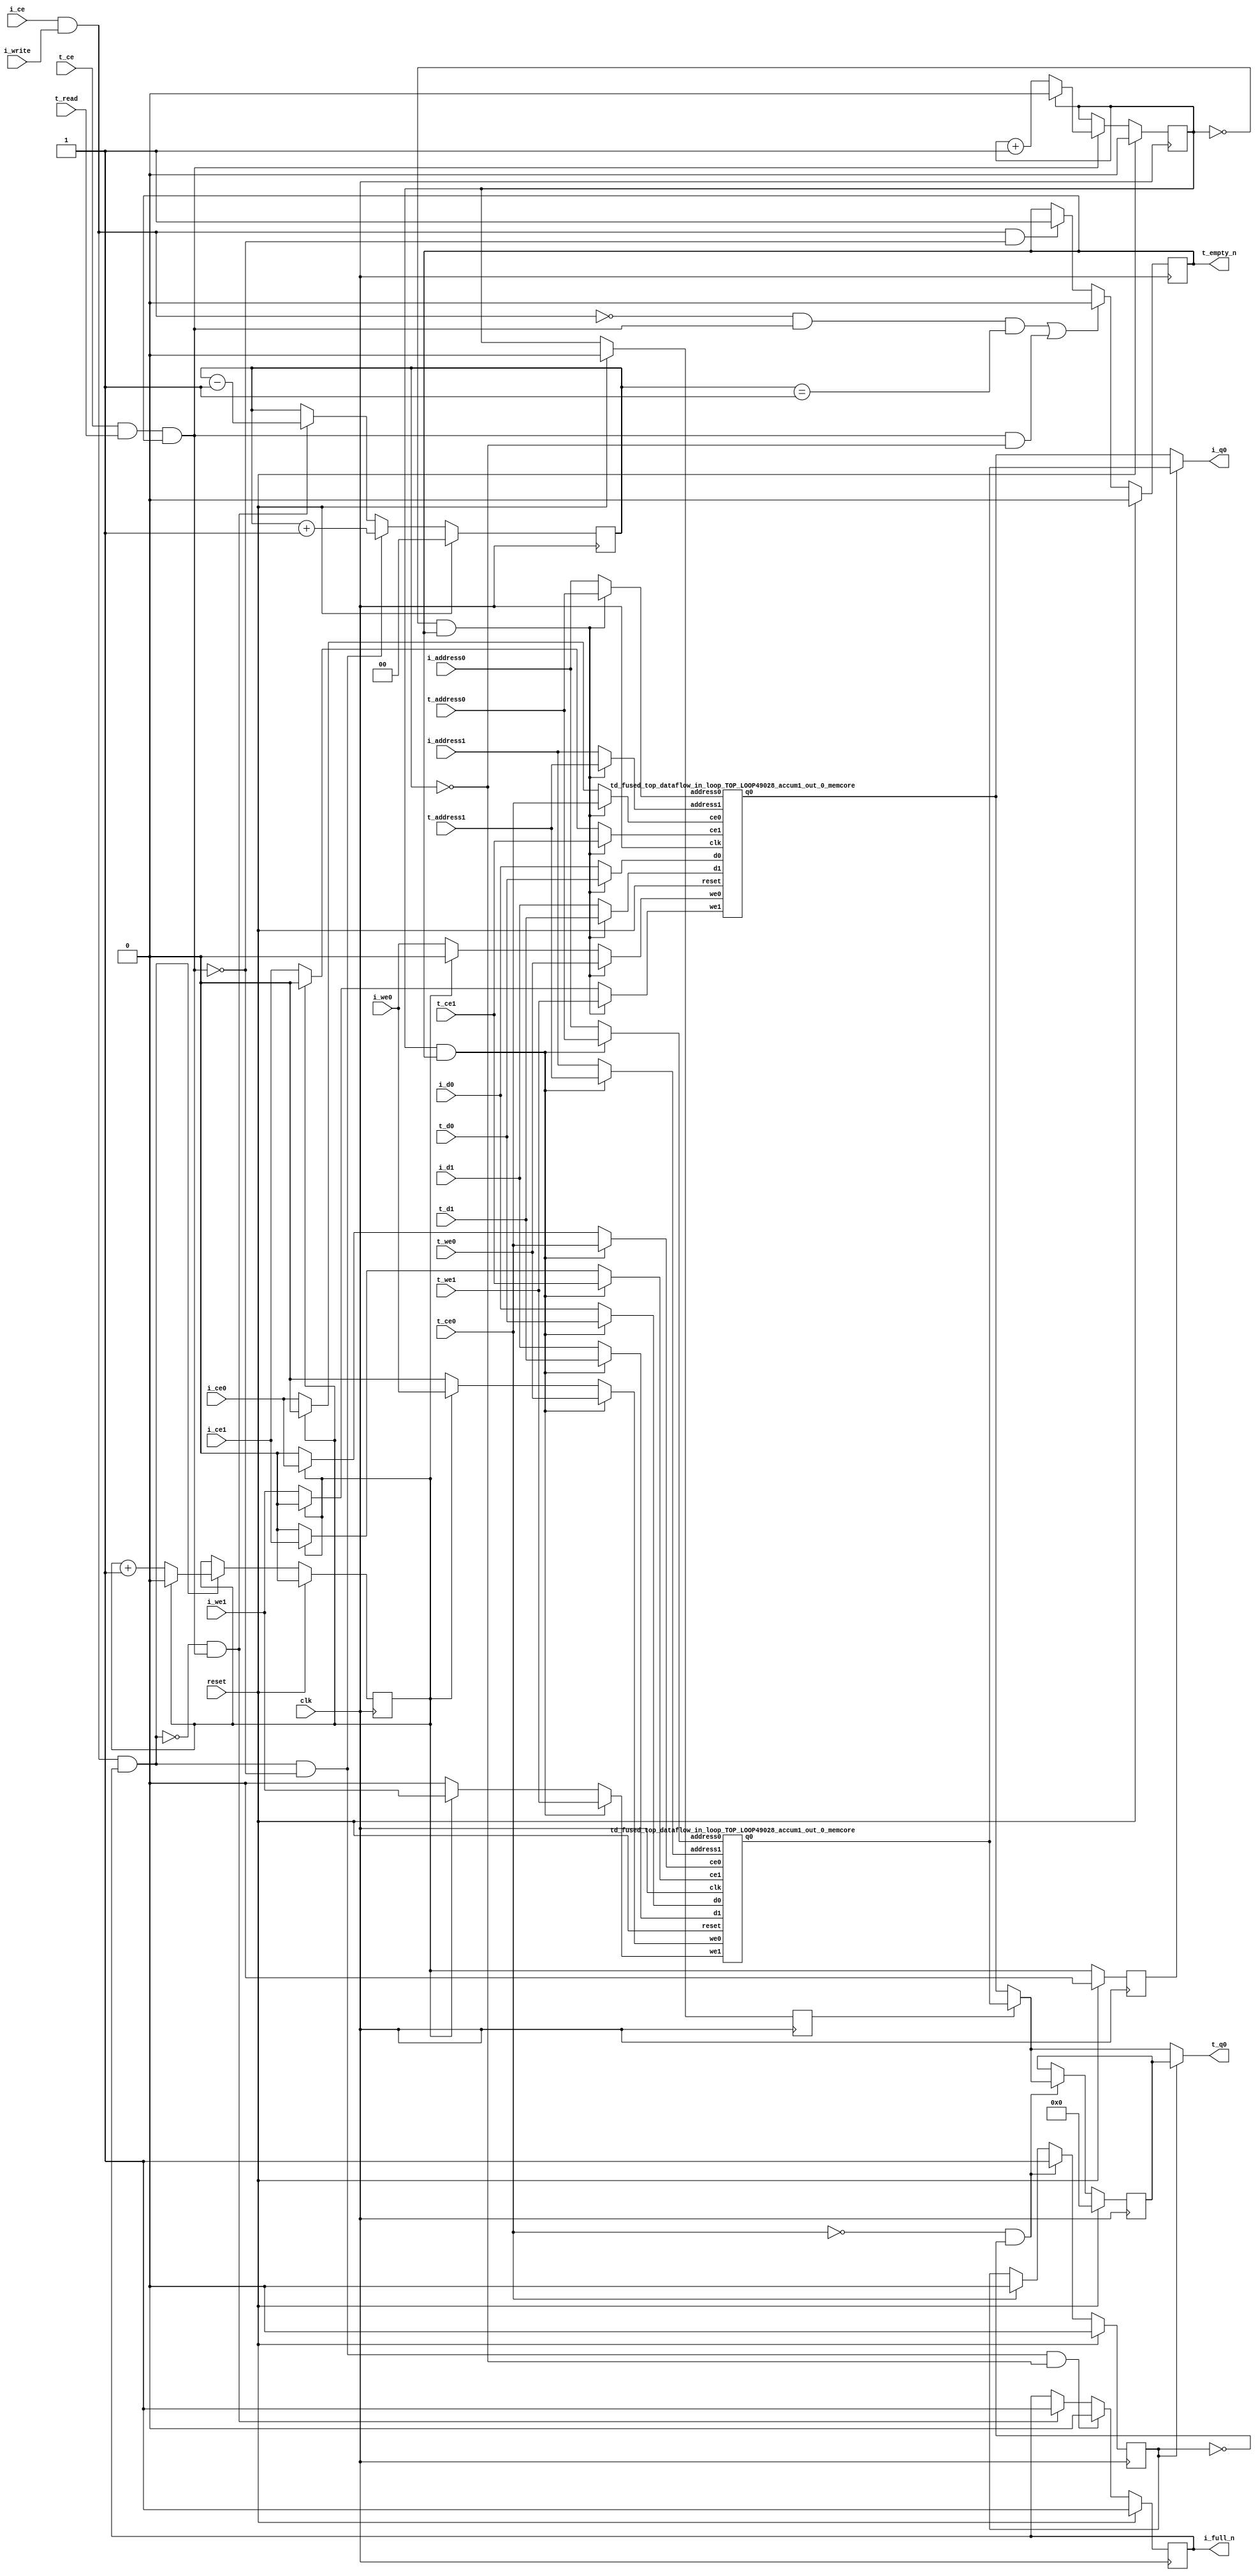
`define SIMULATION_MEMORY
`define EXPONENT 5
`define MANTISSA 10
`define ACTUAL_MANTISSA 11
`define EXPONENT_LSB 10
`define EXPONENT_MSB 14
`define MANTISSA_LSB 0
`define MANTISSA_MSB 9
`define MANTISSA_MUL_SPLIT_LSB 3
`define MANTISSA_MUL_SPLIT_MSB 9
`define SIGN 1
`define SIGN_LOC 15
`define DWIDTH (`SIGN+`EXPONENT+`MANTISSA)
`define IEEE_COMPLIANCE 1

module td_fused_top_dataflow_in_loop_TOP_LOOP49028_accum1_out_0
#(parameter
    DataWidth    = 16,
    AddressRange = 32,
    AddressWidth = 3,
    BufferCount  = 2,
    MemLatency   = 1,
    IndexWidth   = 1
) (
    // system signals
    input  wire                    clk,
    input  wire                    reset,
    // initiator
    input  wire                    i_ce,
    input  wire                    i_write,
    output wire                    i_full_n,
    input  wire                    i_ce0,
    input  wire                    i_we0,
    input  wire [AddressWidth-1:0] i_address0,
    input  wire [DataWidth-1:0]    i_d0,
    output wire [DataWidth-1:0]    i_q0,
    input  wire                    i_ce1,
    input  wire                    i_we1,
    input  wire [AddressWidth-1:0] i_address1,
    input  wire [DataWidth-1:0]    i_d1,
    // target
    input  wire                    t_ce,
    input  wire                    t_read,
    output wire                    t_empty_n,
    input  wire                    t_ce0,
    input  wire                    t_we0,
    input  wire [AddressWidth-1:0] t_address0,
    input  wire [DataWidth-1:0]    t_d0,
    output wire [DataWidth-1:0]    t_q0,
    input  wire                    t_ce1,
    input  wire                    t_we1,
    input  wire [AddressWidth-1:0] t_address1,
    input  wire [DataWidth-1:0]    t_d1
);
//------------------------Local signal-------------------
// control/status
reg  [IndexWidth-1:0]   iptr    = 1'b0; // initiator index
reg  [IndexWidth-1:0]   tptr    = 1'b0; // target index
reg  [IndexWidth-1:0]   prev_iptr    = 1'b0; // previous initiator index
reg  [IndexWidth-1:0]   prev_tptr    = 1'b0; // previous target index
reg  [DataWidth-1:0]    reg_q0      = 1'b0; // buffer used if reader is stalled
reg                     reg_valid0    = 1'b0; // buffer has valid data
reg  [DataWidth-1:0]    reg_q1      = 1'b0; // buffer used if reader is stalled
reg                     reg_valid1    = 1'b0; // buffer has valid data
reg  [IndexWidth:0]     count   = 1'b0; // count of written buffers
reg                     full_n  = 1'b1; // whether all buffers are written
reg                     empty_n = 1'b0; // whether none of the buffers is written
wire                    push_buf;       // finish writing a buffer
wire                    write_buf;      // write a buffer
wire                    pop_buf;        // finish reading a buffer
// buffer signals
wire [BufferCount-1:0] buf_ce0;
wire [BufferCount-1:0] buf_we0;
wire [AddressWidth-1:0] buf_a0_0, buf_a0_1;
wire [DataWidth-1:0] buf_d0_0, buf_d0_1;
wire [DataWidth-1:0] buf_q0_0, buf_q0_1;
wire [BufferCount-1:0] buf_ce1;
wire [BufferCount-1:0] buf_we1;
wire [AddressWidth-1:0] buf_a1_0, buf_a1_1;
wire [DataWidth-1:0] buf_d1_0, buf_d1_1;
//------------------------Instantiation------------------
//genvar i;
        td_fused_top_dataflow_in_loop_TOP_LOOP49028_accum1_out_0_memcore td_fused_top_dataflow_in_loop_TOP_LOOP49028_accum1_out_0_memcore_U_0 (
            .clk      ( clk ),
            .reset    ( reset ),
            .ce0      ( buf_ce0[ 0 ] ),
            .we0      ( buf_we0[ 0 ] ),
            .address0 ( buf_a0_0 ),
            .d0       ( buf_d0_0 ),
            .q0       ( buf_q0_0 ),
            .ce1      ( buf_ce1[ 0 ] ),
            .we1      ( buf_we1[ 0 ] ),
            .address1 ( buf_a1_0 ),
            .d1       ( buf_d1_0 )
        );
        td_fused_top_dataflow_in_loop_TOP_LOOP49028_accum1_out_0_memcore td_fused_top_dataflow_in_loop_TOP_LOOP49028_accum1_out_0_memcore_U_1 (
            .clk      ( clk ),
            .reset    ( reset ),
            .ce0      ( buf_ce0[ 1 ] ),
            .we0      ( buf_we0[ 1 ] ),
            .address0 ( buf_a0_1 ),
            .d0       ( buf_d0_1 ),
            .q0       ( buf_q0_1 ),
            .ce1      ( buf_ce1[ 1 ] ),
            .we1      ( buf_we1[ 1 ] ),
            .address1 ( buf_a1_1 ),
            .d1       ( buf_d1_1 )
        );

//++++++++++++++++++++++++buffer signals+++++++++++++++++
        assign buf_ce0[ 0 ] = (tptr ==  0  && empty_n) ? t_ce0
                             : (iptr ==  0 ) ? i_ce0 : 1'b0;
        assign buf_a0_0  = (tptr ==  0  && empty_n) ?  t_address0 : i_address0;
        assign buf_we0[ 0 ] = (tptr ==  0  && empty_n)  ? t_we0
                             : (iptr ==  0 ) ? i_we0 : 1'b0;
        assign buf_d0_0  = (tptr ==  0  && empty_n) ? t_d0       : i_d0;
        assign buf_ce1[ 0 ] = (tptr ==  0  && empty_n) ? t_ce1
                             : (iptr ==  0 ) ? i_ce1 : 1'b0;
        assign buf_a1_0  = (tptr ==  0  && empty_n) ?  t_address1 : i_address1;
        assign buf_we1[ 0 ] = (tptr ==  0  && empty_n)  ? t_we1
                             : (iptr ==  0 ) ? i_we1 : 1'b0;
        assign buf_d1_0  = (tptr ==  0  && empty_n) ? t_d1       : i_d1;
        assign buf_ce0[ 1 ] = (tptr ==  1  && empty_n) ? t_ce0
                             : (iptr ==  1 ) ? i_ce0 : 1'b0;
        assign buf_a0_1  = (tptr ==  1  && empty_n) ?  t_address0 : i_address0;
        assign buf_we0[ 1 ] = (tptr ==  1  && empty_n)  ? t_we0
                             : (iptr ==  1 ) ? i_we0 : 1'b0;
        assign buf_d0_1  = (tptr ==  1  && empty_n) ? t_d0       : i_d0;
        assign buf_ce1[ 1 ] = (tptr ==  1  && empty_n) ? t_ce1
                             : (iptr ==  1 ) ? i_ce1 : 1'b0;
        assign buf_a1_1  = (tptr ==  1  && empty_n) ?  t_address1 : i_address1;
        assign buf_we1[ 1 ] = (tptr ==  1  && empty_n)  ? t_we1
                             : (iptr ==  1 ) ? i_we1 : 1'b0;
        assign buf_d1_1  = (tptr ==  1  && empty_n) ? t_d1       : i_d1;
//+++++++++++++++++++++++++++++++++++++++++++++++++++++++

//------------------------Body---------------------------
assign i_q0      = (prev_iptr == 1'b1 ? buf_q0_1 : buf_q0_0);
assign t_q0      = reg_valid0 ? reg_q0 : (prev_tptr == 1'b1 ? buf_q0_1 : buf_q0_0);

//++++++++++++++++++++++++output+++++++++++++++++++++++++
assign i_full_n  = full_n;
assign t_empty_n = empty_n;
//+++++++++++++++++++++++++++++++++++++++++++++++++++++++

//++++++++++++++++++++++++control/status+++++++++++++++++
assign push_buf = i_ce & i_write & full_n;
assign write_buf = i_ce & i_write;
assign pop_buf  = t_ce & t_read & empty_n;

// iptr
always @(posedge clk) begin
    if (reset == 1'b1)
        iptr <= 1'b0;
    else if (push_buf) begin
        if (iptr == BufferCount - 1'b1)
            iptr <= 1'b0;
        else
            iptr <= iptr + 1'b1;
    end
end

// tptr
always @(posedge clk) begin
    if (reset == 1'b1)
        tptr <= 1'b0;
    else if (pop_buf) begin
        if (tptr == BufferCount - 1'b1)
            tptr <= 1'b0;
        else
            tptr <= tptr + 1'b1;
    end
end

// prev_iptr
always @(posedge clk) begin
    if (reset == 1'b1)
        prev_iptr <= 1'b0;
    else begin
        prev_iptr <= iptr;
    end
end

// prev_tptr
always @(posedge clk) begin
    if (reset == 1'b1)
        prev_tptr <= 1'b0;
    else begin
        prev_tptr <= tptr;
    end
end

// reg_q0 and reg_valid0
always @(posedge clk) begin
    if (reset == 1'b1) begin
        reg_q0     <= 1'b0;
        reg_valid0 <= 1'b0;
    end else if (!t_ce0 && !reg_valid0) begin
        reg_q0     <= (prev_tptr == 1'b1 ? buf_q0_1 : buf_q0_0);
        reg_valid0 <= 1'b1;
    end else if (t_ce0) begin
        reg_valid0 <= 1'b0;
    end
end

// count
always @(posedge clk) begin
    if (reset == 1'b1)
        count <= 1'b0;
    else if (push_buf && !pop_buf)
        count <= count + 1'b1;
    else if (!push_buf && pop_buf)
        count <= count - 1'b1;
end

// full_n
always @(posedge clk) begin
    if (reset == 1'b1)
        full_n <= 1'b1;
    else if (push_buf && !pop_buf && count == BufferCount - 2'd2)
        full_n <= 1'b0;
    else if (!push_buf && pop_buf)
        full_n <= 1'b1;
end

// empty_n
always @(posedge clk) begin
    if (reset == 1'b1)
        empty_n <= 1'b0;
    else if ((!write_buf && pop_buf && count == 1'b1)
             || (pop_buf && count == 1'b0))
        empty_n <= 1'b0;
    else if (write_buf && !pop_buf)
        empty_n <= 1'b1;
end
//+++++++++++++++++++++++++++++++++++++++++++++++++++++++

endmodule
module td_fused_top_dataflow_in_loop_TOP_LOOP49028_accum1_out_0_memcore(
    reset,
    clk,
    address0,
    ce0,
    we0,
    d0,
    q0,
    address1,
    ce1,
    we1,
    d1);

parameter DataWidth = 32'd16;
parameter AddressRange = 32'd8;
parameter AddressWidth = 32'd3;
input reset;
input clk;
input[AddressWidth - 1:0] address0;
input ce0;
input we0;
input[DataWidth - 1:0] d0;
output[DataWidth - 1:0] q0;
input[AddressWidth - 1:0] address1;
input ce1;
input we1;
input[DataWidth - 1:0] d1;



/*td_fused_top_dataflow_in_loop_TOP_LOOP49028_accum1_out_0_memcore_ram td_fused_top_dataflow_in_loop_TOP_LOOP49028_accum1_out_0_memcore_ram_U(
    .clk( clk ),
    .addr0( address0 ),
    .ce0( ce0 ),
    .we0( we0 ),
    .d0( d0 ),
    .q0( q0 ),
    .addr1( address1 ),
    .ce1( ce1 ),
    .we1( we1 ),
    .d1( d1 ));*/

wire wren0, wren1;
assign wren0 = we0 & ce0;
assign wren1 = we1 & ce1;
wire [DataWidth-1:0] q1;
dpram
#(.AWIDTH(AddressWidth),
  .NUM_WORDS(AddressRange),
  .DWIDTH(DataWidth))
td_fused_top_dataflow_in_loop_TOP_LOOP49028_accum1_out_0_memcore_ram_U (
   .clk(clk),
   .address_a(address0),
   .address_b(address1),
   .wren_a(wren0),
   .wren_b(wren1),
   .data_a(d0),
   .data_b(d1),
   .out_a(q0),
   .out_b(q1)
);

endmodule
module dpram (

    clk,

    address_a,

    address_b,

    wren_a,

    wren_b,

    data_a,

    data_b,

    out_a,

    out_b

);

parameter AWIDTH=10;

parameter NUM_WORDS=1024;

parameter DWIDTH=32;

input clk;

input [(AWIDTH-1):0] address_a;

input [(AWIDTH-1):0] address_b;

input  wren_a;

input  wren_b;

input [(DWIDTH-1):0] data_a;

input [(DWIDTH-1):0] data_b;

output reg [(DWIDTH-1):0] out_a;

output reg [(DWIDTH-1):0] out_b;



`ifdef SIMULATION_MEMORY



reg [DWIDTH-1:0] ram[NUM_WORDS-1:0];

always @ (posedge clk) begin 

  if (wren_a) begin

      ram[address_a] <= data_a;

  end

  else begin

      out_a <= ram[address_a];

  end

end

  

always @ (posedge clk) begin 

  if (wren_b) begin

      ram[address_b] <= data_b;

  end 

  else begin

      out_b <= ram[address_b];

  end

end



`else



dual_port_ram u_dual_port_ram(

.addr1(address_a),

.we1(wren_a),

.data1(data_a),

.out1(out_a),

.addr2(address_b),

.we2(wren_b),

.data2(data_b),

.out2(out_b),

.clk(clk)

);

`endif

endmodule